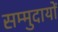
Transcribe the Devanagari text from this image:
सम्मुदायों